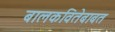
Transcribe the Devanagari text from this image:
बालकवितेबाबत